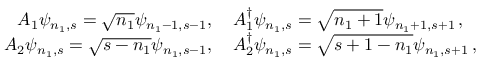
\begin{array} { r l } { A _ { 1 } \psi _ { n _ { 1 } , s } = \sqrt { n _ { 1 } } \psi _ { n _ { 1 } - 1 , s - 1 } , \thinspace } & { { } A _ { 1 } ^ { \dagger } \psi _ { n _ { 1 } , s } = \sqrt { n _ { 1 } + 1 } \psi _ { n _ { 1 } + 1 , s + 1 } \thinspace , } \\ { A _ { 2 } \psi _ { n _ { 1 } , s } = \sqrt { s - n _ { 1 } } \psi _ { n _ { 1 } , s - 1 } , \thinspace } & { { } A _ { 2 } ^ { \dagger } \psi _ { n _ { 1 } , s } = \sqrt { s + 1 - n _ { 1 } } \psi _ { n _ { 1 } , s + 1 } \thinspace , } \end{array}